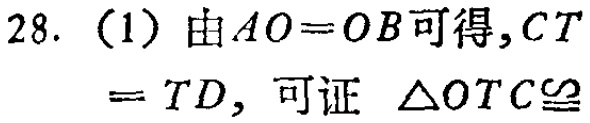
28. （1）由\(AO = OB\)可得，\(CT=TD\)，可证 \(\triangle OTC\cong\)